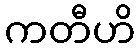
ကတီဟိ